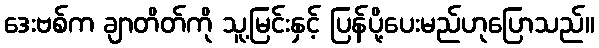
ဒေးဗစ်က ချာတိတ်ကို သူ့မြင်းနှင့် ပြန်ပို့ပေးမည်ဟုပြောသည်။